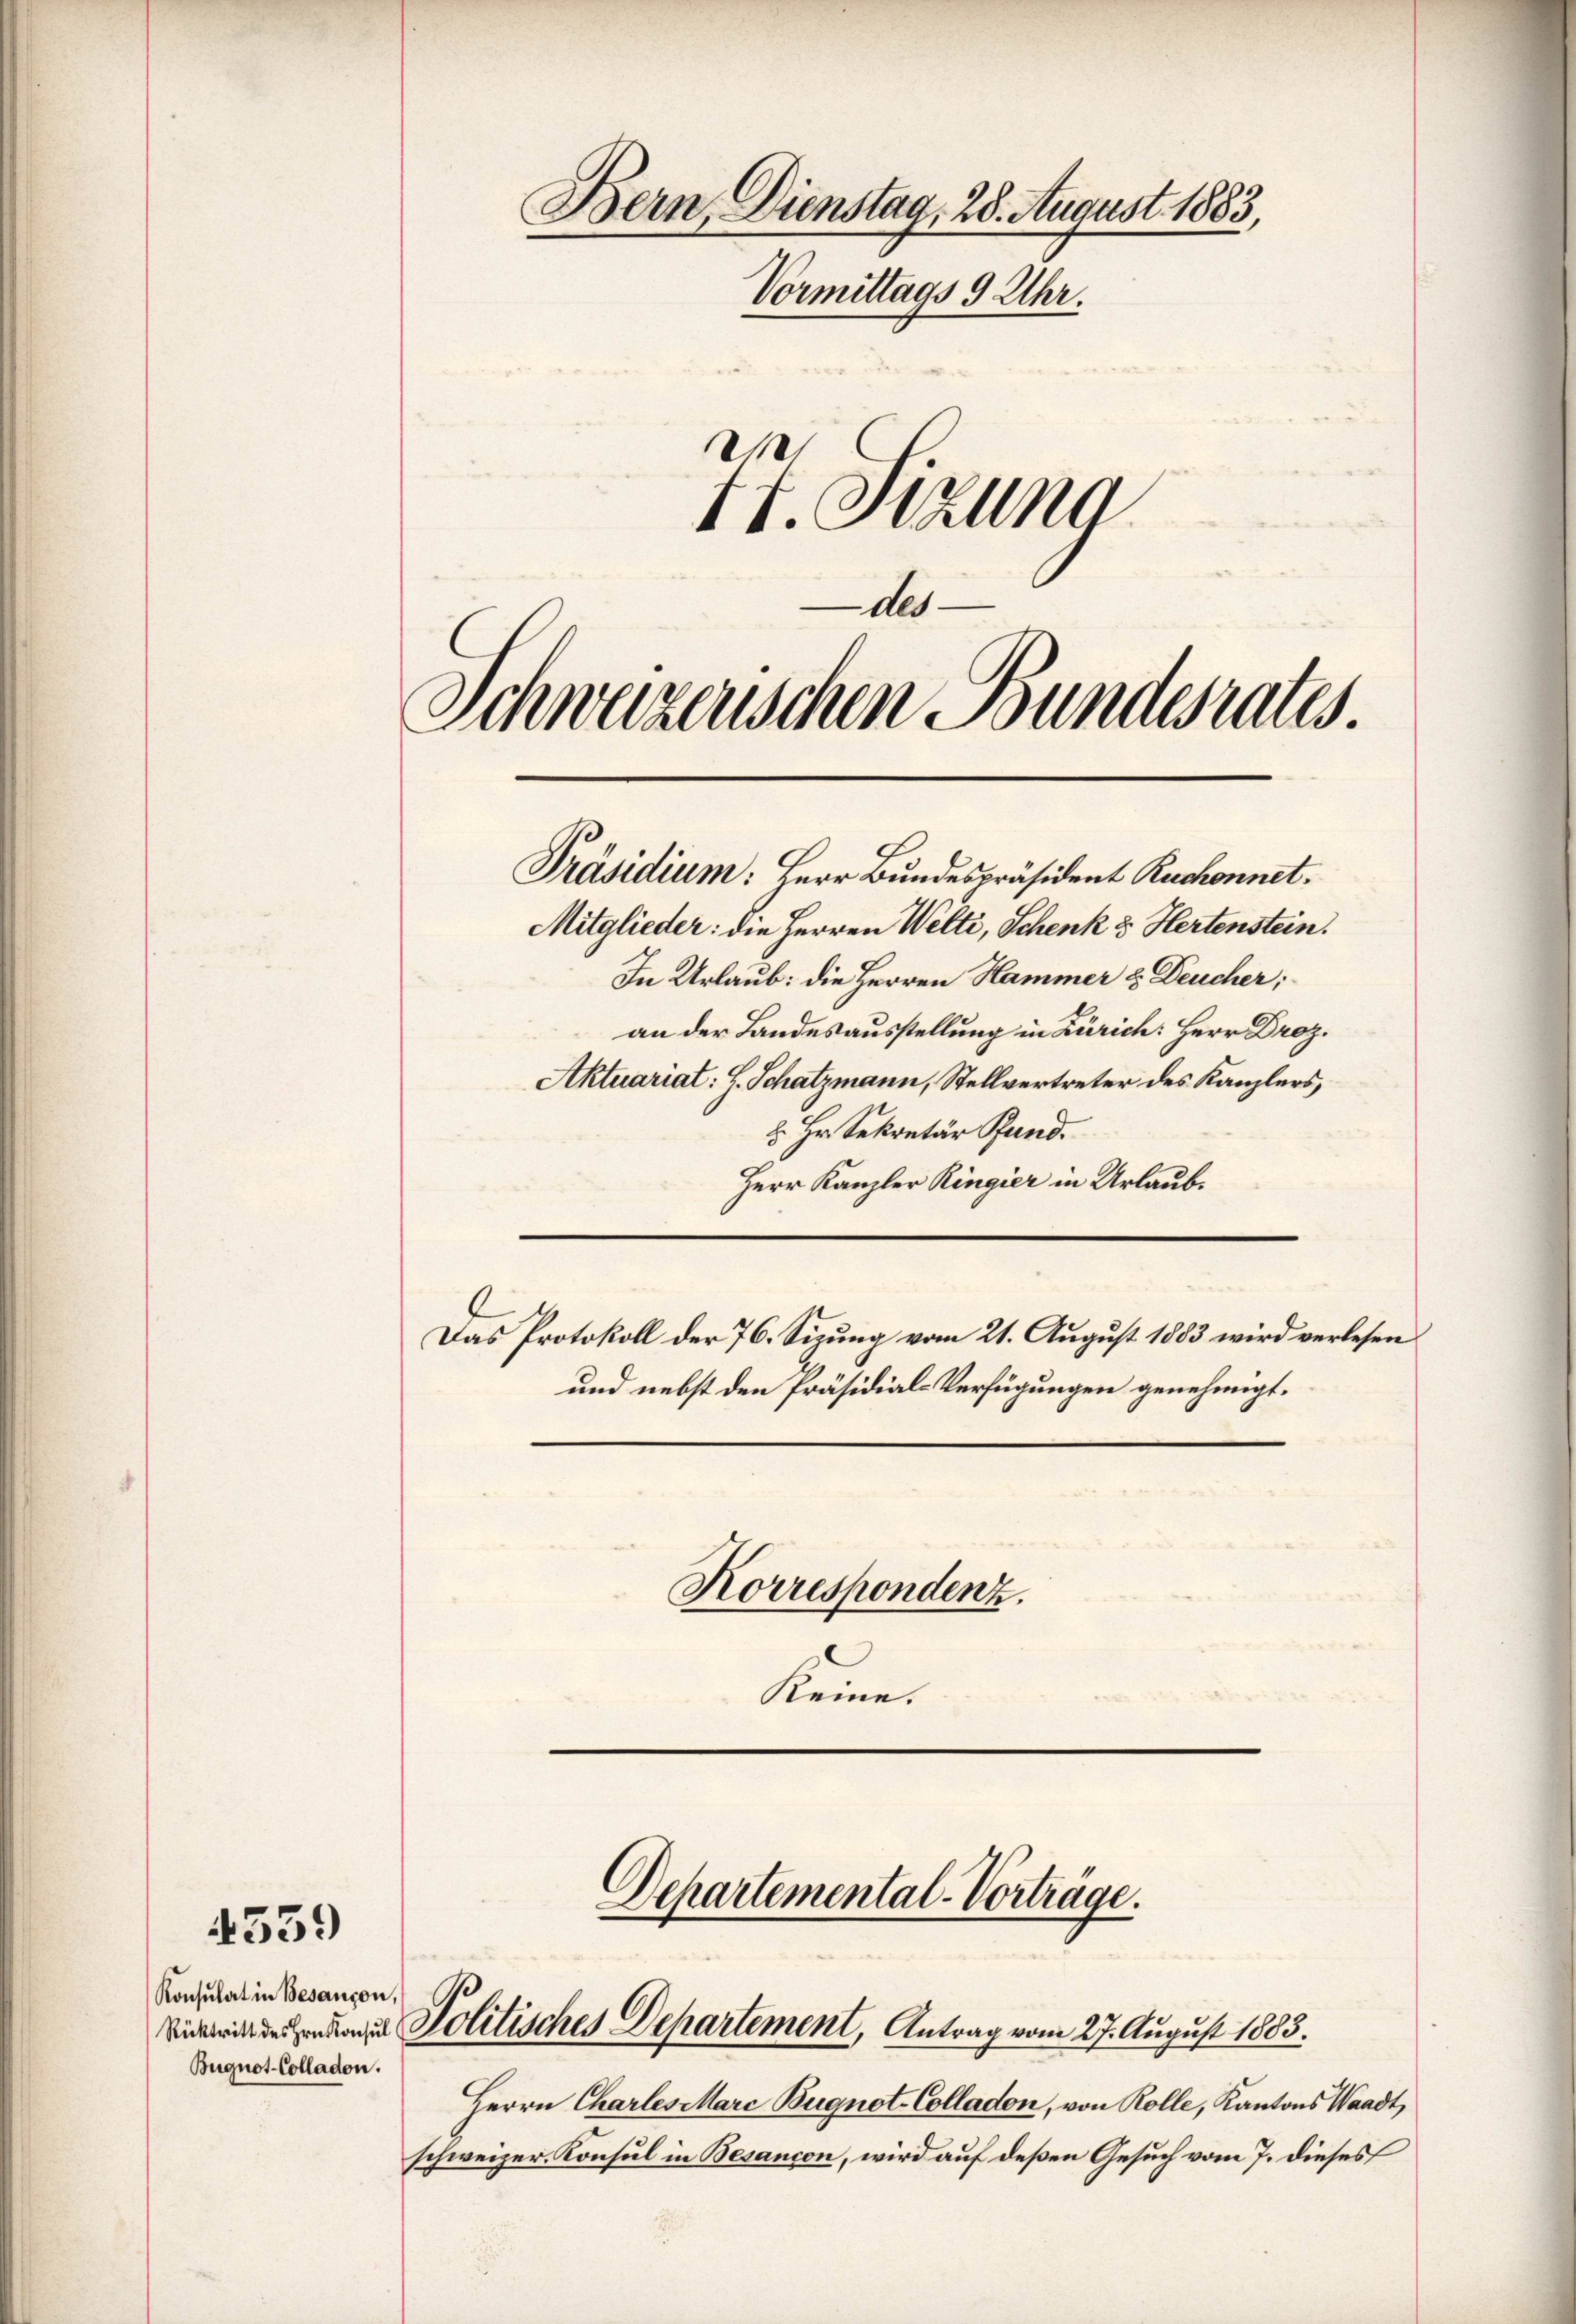
4539

Schweizerischen Bundesrates.
Präsidium: Herr Bundespräsident Ruchonnet.

Konsulat in Besançon,
Bugnot-Colladon.

Bern, Dienstag, 28. August 1883,
Vormittags 9 Uhr.
1t. Sizung

Als

d Politisches Departement, Antrag vom 27. August 1883.

Korrespondenz.
Keiner

Departemental-Vorträge.

Mitglieder: die Herren Welti, Schenk & Hertenstein.
In Urlaub: die Herren Hammer & Deucher;
an der Landesausstellung in Zürich: Herr Droz.
Aktuariat: H. Schatzmann, Stellvertreter des Kanzlers,
2. Hr. Sekretär Pfand.
Herr Kanzler Ringier in Urlaub.
Das Protokoll der 76. Sizung vom 21. August 1883 wird verlesen
und nebst den Präsidial-Verfügungen genehmigt.

Herrn Charles Marc Bugnot Colladon, von Rolle, Kantons Waadt,
schweizer-Konsul in Besançon, wird auf deßen Gesuch vom 7. dieses